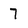
Character: 7